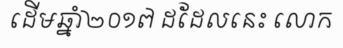
ដើមឆ្នាំ២០១៧ ដដែលនេះ លោក